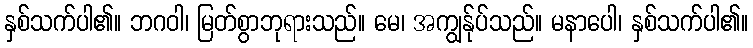
နှစ်သက်ပါ၏။ ဘဂဝါ၊ မြတ်စွာဘုရားသည်။ မေ၊ အကျွန်ုပ်သည်။ မနာပေါ၊ နှစ်သက်ပါ၏။